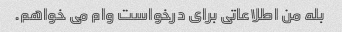
بله من اطلاعاتی برای درخواست وام می خواهم.